Problem: 10 × 5 = ?
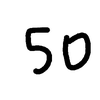
Handwritten answer: 50